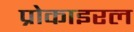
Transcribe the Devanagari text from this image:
प्रोकाइरल